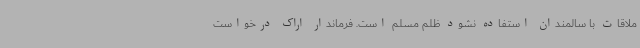
ملاقات با سالمندان استفاده نشود ظلم مسلم است. فرماندار اراک درخواست